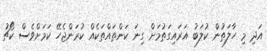
އަދި މި ހާލަތުން ކުލަބު އަރައިގަތުމަށް ގިނަ ކަންތައްތަަކެއް ކުރަންޖެހޭ ކަމަށްވެސް ކޯޗު